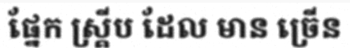
ផ្នែក ស្គ្រីប ដែល មាន ច្រើន